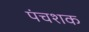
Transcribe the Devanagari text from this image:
पंचशक